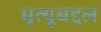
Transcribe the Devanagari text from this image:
मृत्यूबद्दल